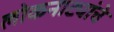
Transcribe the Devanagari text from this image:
लोकनाट्यांचे